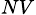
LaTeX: _{NV}